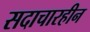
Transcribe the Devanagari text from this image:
सदाचारहीन